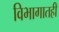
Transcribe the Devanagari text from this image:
विभागातही